Leaving Certificate Examination, 1913
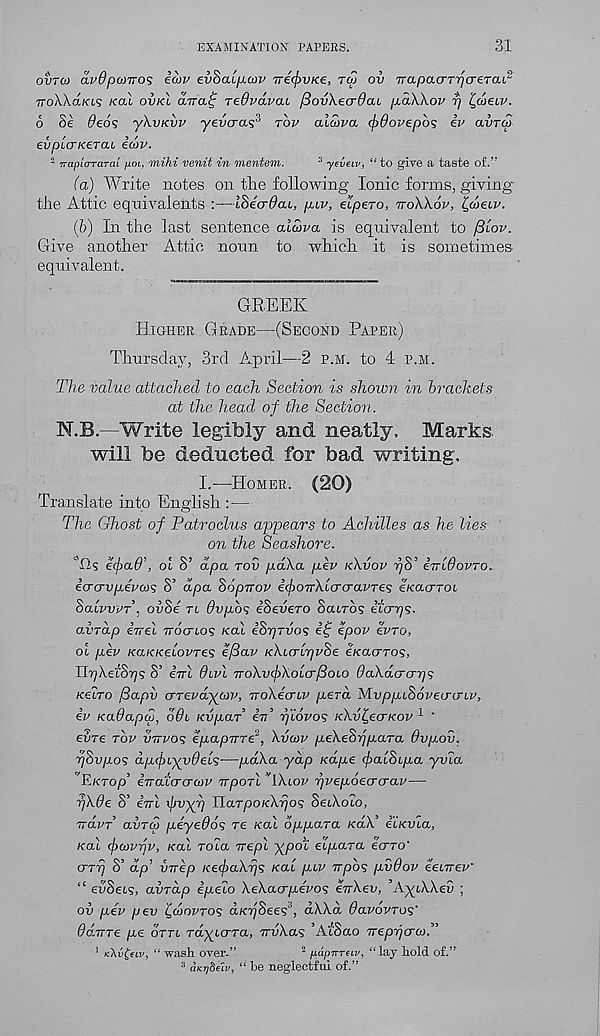
EXAMINATION PAPERS.
31
ovrco dvOpanros idiv ev^aupov 7rd(f>VKe, toj ov TrapcLo-TrjcreTcu 2
TToWaKis kcu ovkl aTra.^ Tedvdval /3ov\ecr6cu pdWov rj t^dieLV.
6 Se fieos ykvKvv yevcras 3 tov aiwva <f)0ovepb<; iv avrut
evp'uTK.£T<XL icov.
2 irapioTaTai pot, mihi venit in mentem.
3 yeveiv, “ to give a taste of.”
(a) Write notes on the following Ionic forms, giving-
the Attic equivalents :—ISecrdcu, piv, elpeTo, ttoXXov, i^coeiv.
(b) In the last sentence aidva is equivalent to /3lov.
Give another Attic noun to which it is sometimes
equivalent.
GREEK
Higher Grade—(Second Paper)
Thursday, 3rd April—2 p.m. to 4 p.m.
The value attached to each Section is shown in brackets
at the head of the Section.
N.B.—Write legibly and neatly,
Marks,
will be deducted for bad writing,
I.—Homer. (20)
Translate into English :—
The Ghost of Patroclus appears to Achilles as he lies
on the Seashore.
e<f)ad\ ol S’ dpa tov pdXa per kXvov r/S’ eTrWovTO.
icrcrvpdvcos S’ dpa SopTtov ifoTrXloro-avTes eKCUTTOL
SalvveT, ovSe tl 0vpb<; iSevero Scurbs ito-rjs.
aindp irrel Trocrtos kou, dSrjTvos ii; epov evro,
ol pev KcutKeLovres e/3av KXLO-lrjvSe e/cacrro?,
TLrjXe.lSrjs S’ iirl 6lvL TroXvfiXoLcr(Bolo daXacrcrps
kelto fiapv o-TEvdyuv, TToXecnv perd MoppiSovetro-Lv,
iv Ka0apai, o0l Kvpar in’ piovos KXv^eaKov 1 '
evre tov vttvos epapTrrP, Xvcov peXeSppara Ovp.ov.
rjSvpos dpcpLyvdcLs—pdXa yap /edge faiSipa yvia
T./crop’ eTratcrcraip TrpoTi 'iXiov rjvepoecrcrav—
rjX0e S’ irrl ijjvxV Ha.TpoKXrjos SeiXoto,
Trdvf avreo peye06s re xal bppara KaX’ iuKvicL,
Kal (fcovvv, Kal rota irepl ypol elpara eerro'
O’ttj S’ d.p’ virep KefaXrjs Kal piv Trpbs pvOov ienrev’
“ evSeis, avrap ipelo XeXacrpevos euXey, AyiXXev ;
ov pev pev Cdovros aKpSees 3 , dXXd Oavovros"
OaTTre pe ottl rdyterra, irvXas ’AtSao Trepr/crco.”
1 k\v£uv, “wash, over.”
2 papirreiv, “lay hold of.”
3 (kiySelK, “ he neglectful of.”